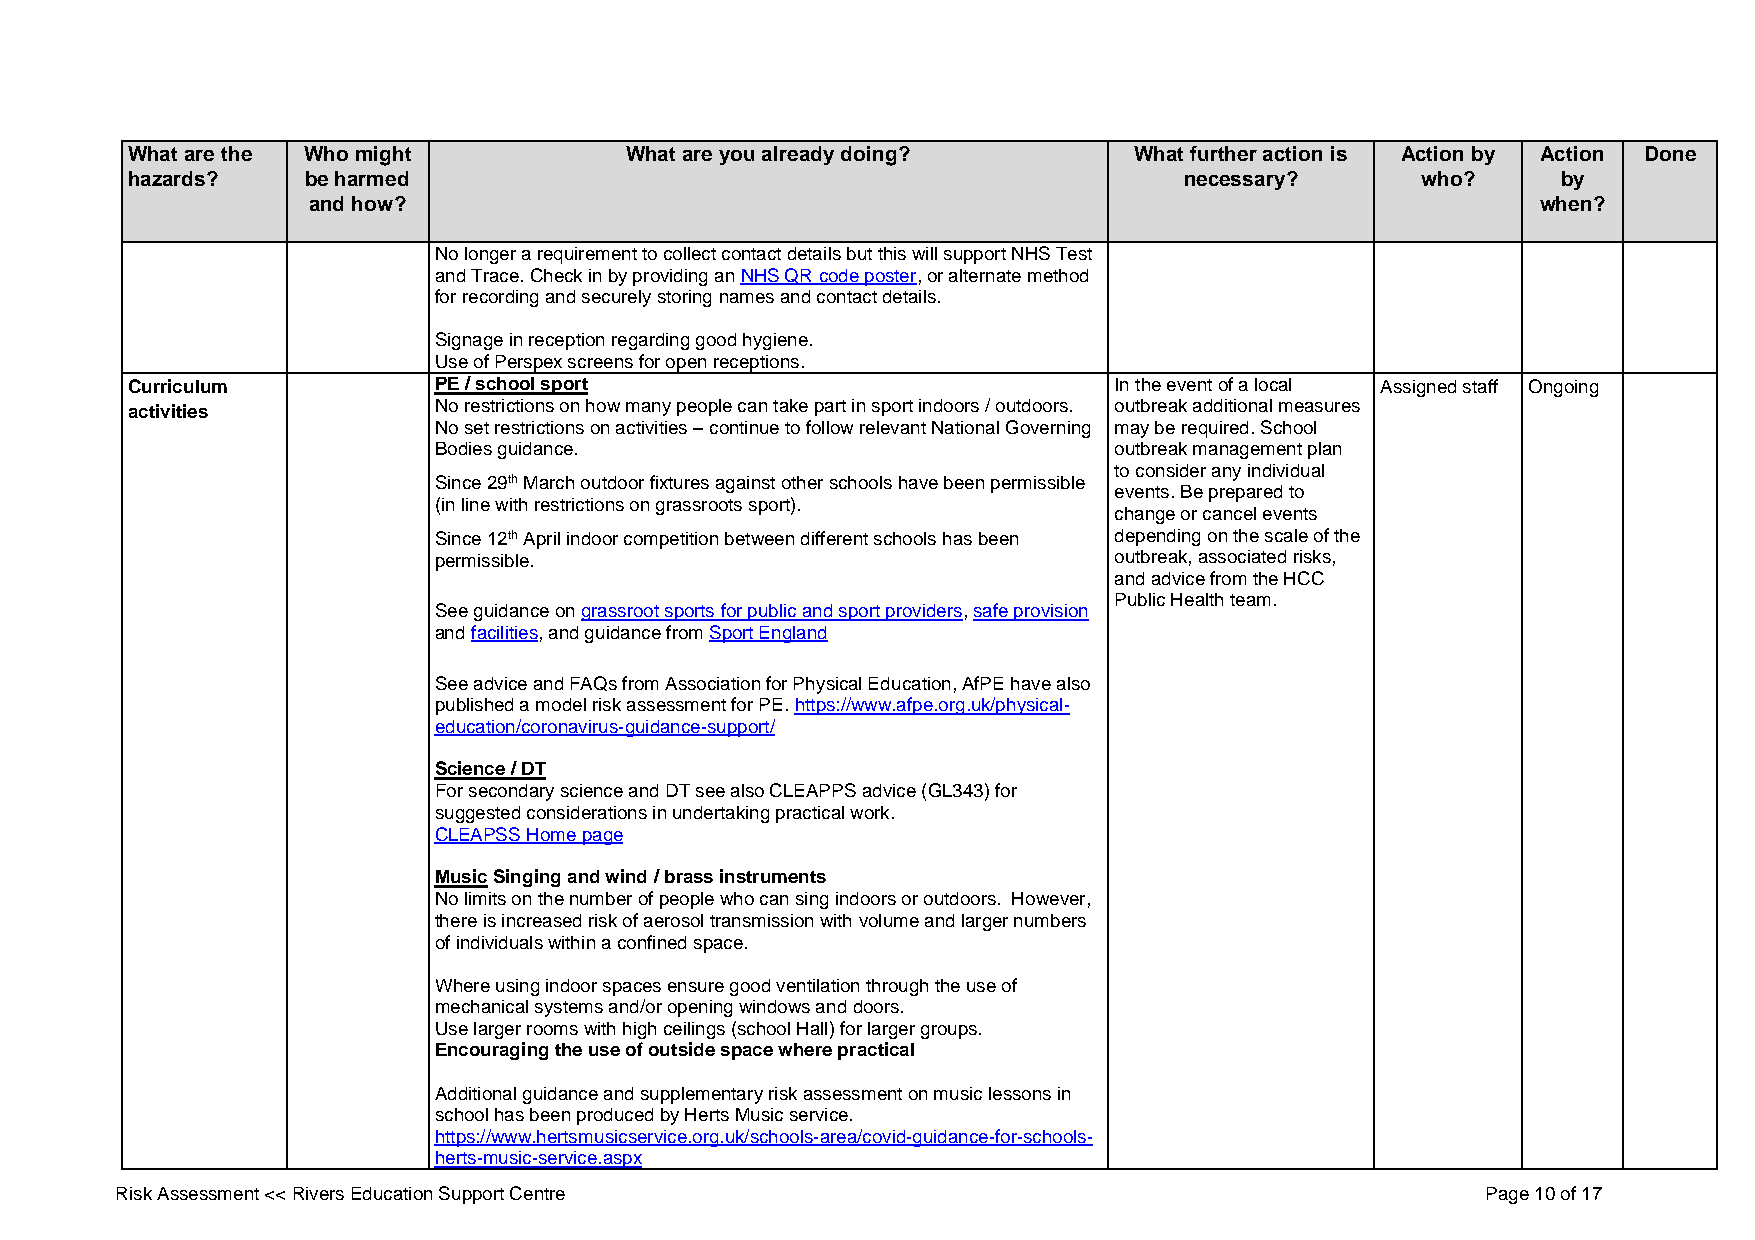
What are the Who might           What are you already doing?       What further action is Action by Action Done
 hazards?    be harmed                                                 necessary?      who?     by
 and how?                                                                          when?
 No longer a requirement to collect contact details but this will support NHS Test
 and Trace. Check in by providing an NHS QR code poster, or alternate method
 for recording and securely storing names and contact details.
 Signage in reception regarding good hygiene.
 Use of Perspex screens for open receptions.
 Curriculum           PE / school sport                            In the event of a local Assigned staff Ongoing
 activities           No restrictions on how many people can take part in sport indoors / outdoors. outbreak additional measures
 No set restrictions on activities – continue to follow relevant National Governing may be required. School
 Bodies guidance.                             outbreak management plan
 to consider any individual
 Since 29th March outdoor fixtures against other schools have been permissible
 events. Be prepared to
 (in line with restrictions on grassroots sport).
 change or cancel events
 Since 12th April indoor competition between different schools has been depending on the scale of the
 permissible.                                 outbreak, associated risks,
 and advice from the HCC
 Public Health team.
 See guidance on grassroot sports for public and sport providers, safe provision
 and facilities, and guidance from Sport England
 See advice and FAQs from Association for Physical Education, AfPE have also
 published a model risk assessment for PE. https://www.afpe.org.uk/physical-
 education/coronavirus-guidance-support/
 Science / DT
 For secondary science and DT see also CLEAPPS advice (GL343) for
 suggested considerations in undertaking practical work.
 CLEAPSS Home page
 Music Singing and wind / brass instruments
 No limits on the number of people who can sing indoors or outdoors. However,
 there is increased risk of aerosol transmission with volume and larger numbers
 of individuals within a confined space.
 Where using indoor spaces ensure good ventilation through the use of
 mechanical systems and/or opening windows and doors.
 Use larger rooms with high ceilings (school Hall) for larger groups.
 Encouraging the use of outside space where practical
 Additional guidance and supplementary risk assessment on music lessons in
 school has been produced by Herts Music service.
 https://www.hertsmusicservice.org.uk/schools-area/covid-guidance-for-schools-
 herts-music-service.aspx
 Risk Assessment << Rivers Education Support Centre                                        Page 10 of 17